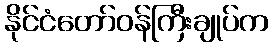
နိုင်ငံတော်ဝန်ကြီးချုပ်က